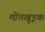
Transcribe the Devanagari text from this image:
मोंतखुइक